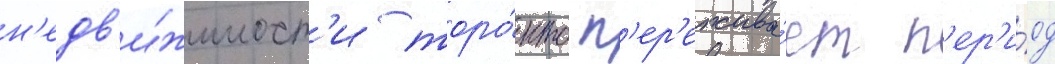
н'едв'и́жимост'и торо́нто п'ер'ежива́ет п'ер'и́од